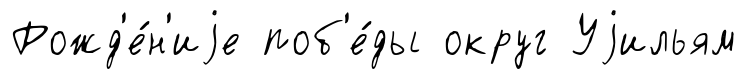
Рожд'е́н'иjе поб'е́ды округ Уjильям